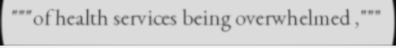
"""of health services being overwhelmed ,"""